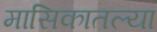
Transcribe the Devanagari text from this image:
मासिकातल्या